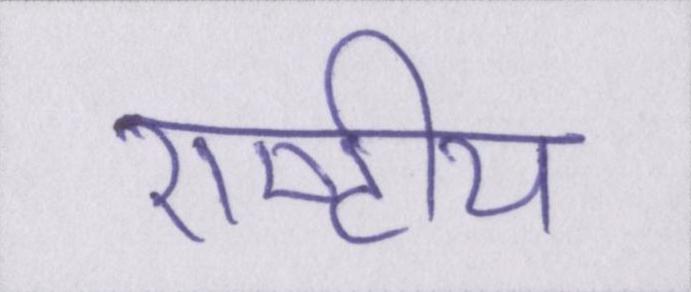
राष्टीय